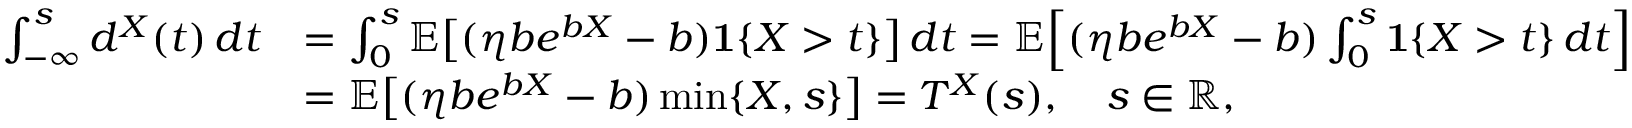
\begin{array} { r l } { \int _ { - \infty } ^ { s } d ^ { X } ( t ) \, d t } & { = \int _ { 0 } ^ { s } \mathbb { E } \big [ ( \eta b e ^ { b X } - b ) \mathbf { 1 } \{ X > t \} \big ] \, d t = \mathbb { E } \Big [ ( \eta b e ^ { b X } - b ) \int _ { 0 } ^ { s } \mathbf { 1 } \{ X > t \} \, d t \Big ] } \\ & { = \mathbb { E } \big [ ( \eta b e ^ { b X } - b ) \operatorname* { m i n } \{ X , s \} \big ] = T ^ { X } ( s ) , \quad s \in \mathbb { R } , } \end{array}